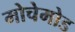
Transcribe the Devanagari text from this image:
मोचेमोड